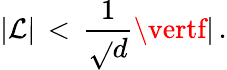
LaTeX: \vert\mathcal{L}\vert\, <\, {\frac{{1}}{{\sqrt{}{{d}}}}}\vertf\vert\, .